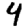
Digit: 4